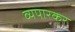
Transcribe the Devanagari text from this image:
व्यपारकर